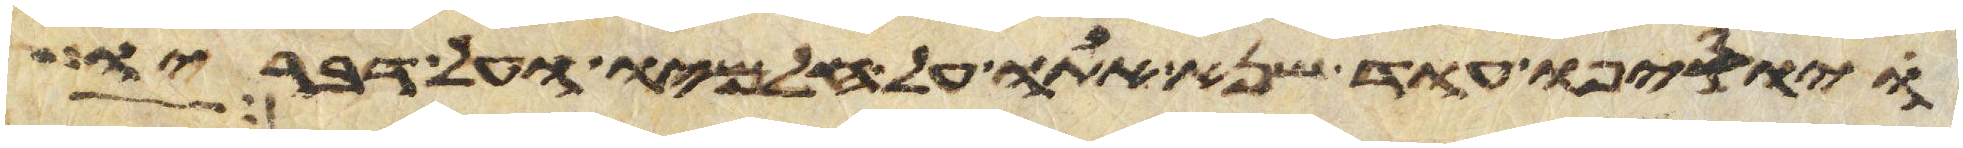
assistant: ויוסיפו עוד שנא אתו על חלמיו ועל דבריו